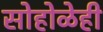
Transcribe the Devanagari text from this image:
सोहोळेही